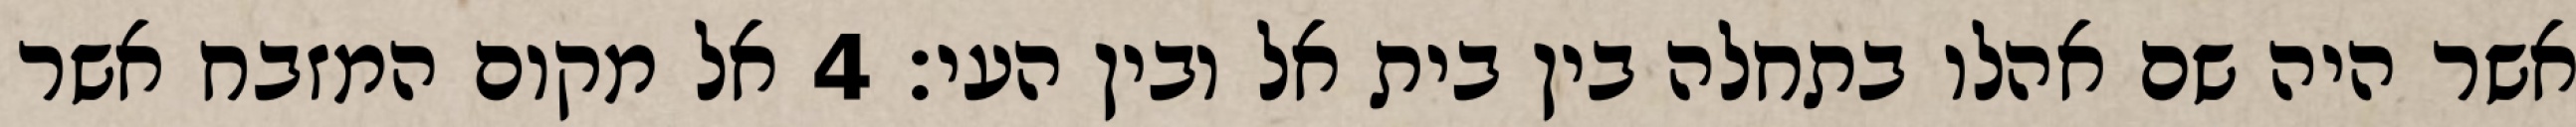
אשר היה שם אהלו בתחלה בין בית אל ובין העי׃ ‎4‏ אל מקום המזבח אשר